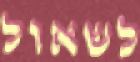
לשאול